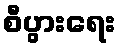
စီပွားရေး